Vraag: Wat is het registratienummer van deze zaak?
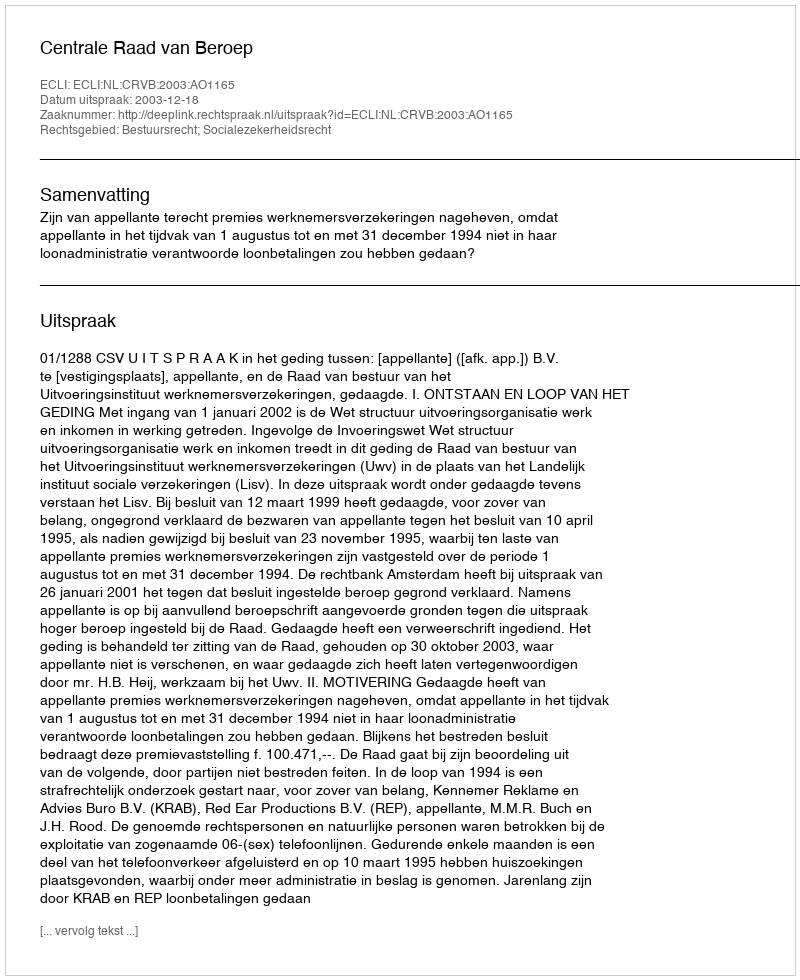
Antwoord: http://deeplink.rechtspraak.nl/uitspraak?id=ECLI:NL:CRVB:2003:AO1165